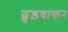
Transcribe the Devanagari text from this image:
छुड़वाकर